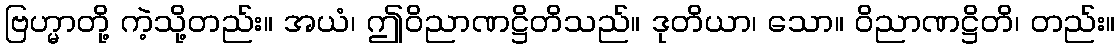
ဗြဟ္မာတို့ ကဲ့သို့တည်း။ အယံ၊ ဤဝိညာဏဋ္ဌိတိသည်။ ဒုတိယာ၊ သော။ ဝိညာဏဋ္ဌိတိ၊ တည်း။